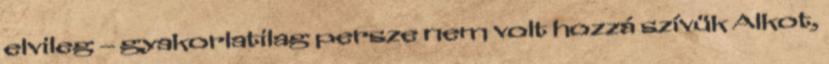
elvileg – gyakorlatilag persze nem volt hozzá szívük Alkot,